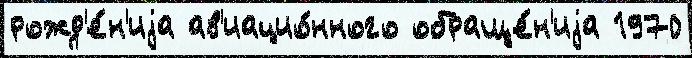
рожд'е́н'иjа ав'иацио́нного обраще́н'иjа 1970